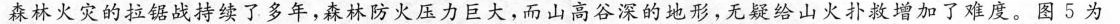
森林火灾的拉锯战持续了多年，森林防火压力巨大，而山高谷深的地形，无疑给山火扑救增加了难度。图5